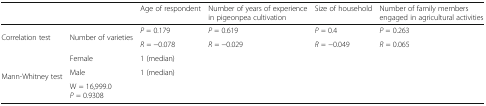
<table><thead><tr><td></td><td></td><td><b>Age of respondent</b></td><td><b>Number of years of experience in pigeonpea cultivation</b></td><td><b>Size of household</b></td><td><b>Number of family members engaged in agricultural activities</b></td></tr></thead><tbody><tr><td rowspan="2">Correlation test</td><td rowspan="2">Number of varieties</td><td><i>P</i> = 0.179</td><td><i>P</i> = 0.619</td><td><i>P</i> = 0.4</td><td><i>P</i> = 0.263</td></tr><tr><td><i>R</i> = −0.078</td><td><i>R</i> = −0.029</td><td><i>R</i> = −0.049</td><td><i>R</i> = 0.065</td></tr><tr><td rowspan="3">Mann-Whitney test</td><td>Female</td><td>1 (median)</td><td></td><td></td><td></td></tr><tr><td>Male</td><td>1 (median)</td><td></td><td></td><td></td></tr><tr><td colspan="2">W = 16,999.0<i>P</i> = 0.9308</td><td></td><td></td><td></td></tr></tbody></table>